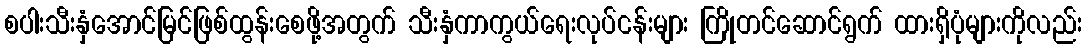
စပါးသီးနှံအောင်မြင်ဖြစ်ထွန်းစေဖို့အတွက် သီးနှံကာကွယ်ရေးလုပ်ငန်းများ ကြိုတင်ဆောင်ရွက် ထားရှိပုံများကိုလည်း